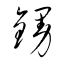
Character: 鏝